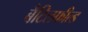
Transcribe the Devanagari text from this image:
बैटिलफील्ड